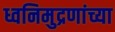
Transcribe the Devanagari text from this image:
ध्वनिमुद्रणांच्या